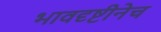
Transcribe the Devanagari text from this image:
भावदृष्टीनेच